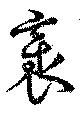
衺